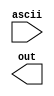
module ascii2op(input ascii, output reg out);
always @(ascii) begin
    case (ascii)
    94: out = 2'b11; // ^
    43: out = 2'b00; // +
    45: out = 2'b01; // -
    35: out = 2'b10; // ++
    endcase
end
endmodule